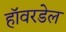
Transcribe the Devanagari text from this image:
हॉवरडेल